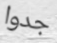
جدوا